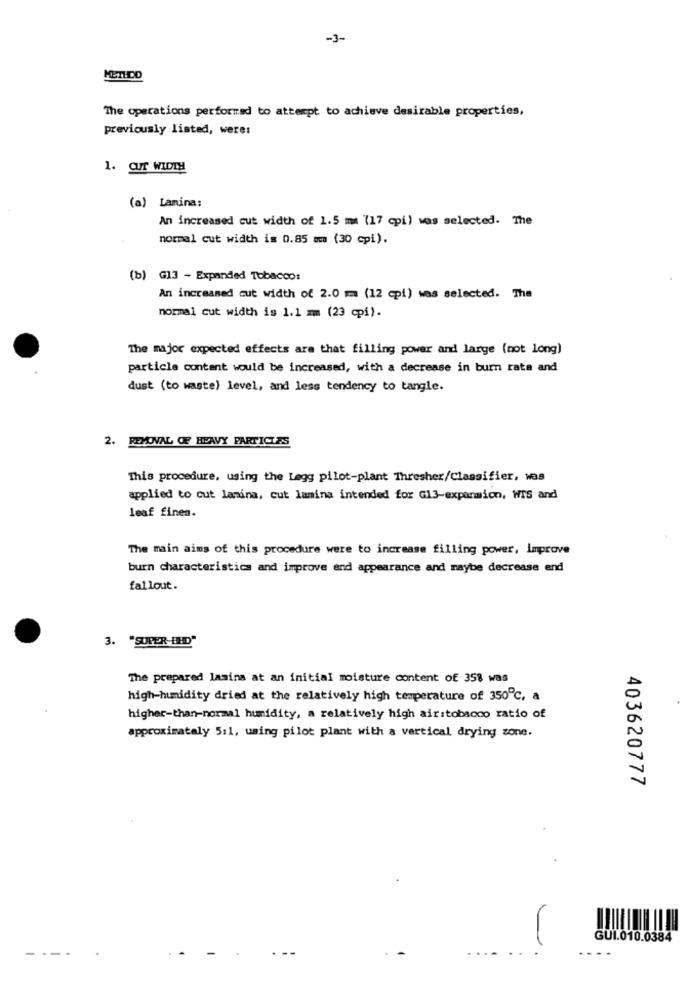
-3-
The operations performed to attempt to achieve desirable properties,
previously listed, were:
1. CUT WIDTH
(a) Lamina:
An increased cut width of 1.5 mm (17 cpi) was selected. The
normal cut width is 0.85 mm (30 cpi).
(b) G13 - Expanded Tobacco:
An increased cut width of 2.0 mm (12 cpi) was selected. The
normal cut width is 1.1 mm (23 cpi).
The major expected effects are that filling power and large (not long)
particle content would be increased, with a decrease in burn rate and
dust (to waste) level, and less tendency to tangle.
2. REXNAL OF HEAVY PARTICLES
This procedure, using the Legg pilot-plant Thresher/Classifier, was
applied to cut lamina, cut lamina intended for G13-expansion, WIS and
leaf fines.
The main aims of this procedure were to increase filling power, Improve
burn characteristics and improve end appearance and maybe decrease end
fallout.
3. "SUPER-HD"
The prepared lasina at an initial moisture content of 358 was
high-humidity dried at the relatively high temperature of 350℃, a
higher-than-normal humidity, a relatively high airstobacco ratio of
approximately 5:1, using pilot plant with a vertical drying zone.
403620777
GUI.010.0384